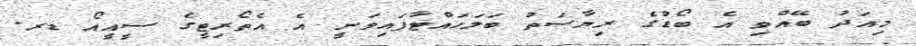
މިއަދު ބޭއްވި އެ ބޯޑުގެ ރިޔާސަތު ބަލަހައްޓާފައިވަނީ އެ އެތޯރިޓީގެ ސީއީއޯ ޑރ.